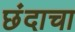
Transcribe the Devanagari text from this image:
छंदाचा